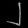
Digit: ၂